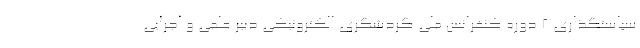
سیاستگذاری 2 دوره کنفرانس ملی گردشگری الکترونیکی دبیر علمی و اجرایی